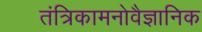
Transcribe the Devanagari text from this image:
तंत्रिकामनोवैज्ञानिक